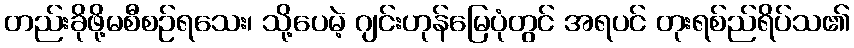
တည်းခိုဖို့မစီစဉ်ရသေး၊ သို့ပေမဲ့ ဂျင်းဟုန်မြေပုံတွင် အရပင် တုးရစ်ည်ရိပ်သ၏